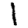
Digit: 1